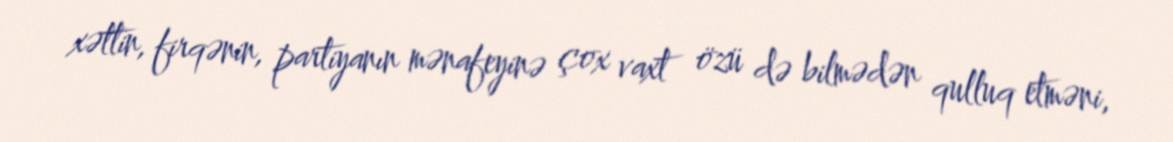
xəttin, firqənin, partiyanın mənafeyinə çox vaxt özü də bilmədən qulluq etməni,